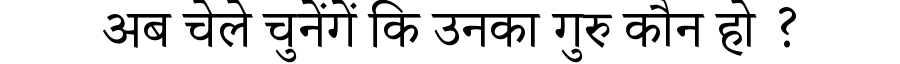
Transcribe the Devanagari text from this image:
अब चेले चुनेंगें कि उनका गुरु कौन हो ?